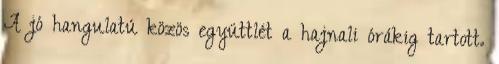
A jó hangulatú közös együttlét a hajnali órákig tartott.